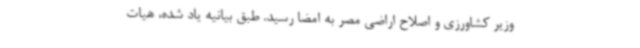
وزیر کشاورزی و اصلاح اراضی مصر به امضا رسید. طبق بیانیه یاد شده، هیات